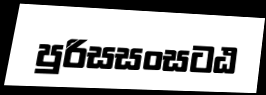
පුරිසසංසටඨ